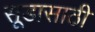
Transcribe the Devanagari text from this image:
सूडासाठी